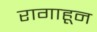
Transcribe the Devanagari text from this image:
रागाहून